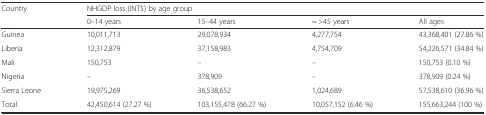
<table><thead><tr><td rowspan="2"><b>Country</b></td><td colspan="4"><b>NHGDP loss (INT$) by age group</b></td></tr><tr><td><b>0–14 years</b></td><td><b>15–44 years</b></td><td><b>= &gt;45 years</b></td><td><b>All ages</b></td></tr></thead><tbody><tr><td>Guinea</td><td>10,011,713</td><td>29,078,934</td><td>4,277,754</td><td>43,368,401 (27.86 %)</td></tr><tr><td>Liberia</td><td>12,312,879</td><td>37,158,983</td><td>4,754,709</td><td>54,226,571 (34.84 %)</td></tr><tr><td>Mali</td><td>150,753</td><td>–</td><td>–</td><td>150,753 (0.10 %)</td></tr><tr><td>Nigeria</td><td>–</td><td>378,909</td><td>–</td><td>378,909 (0.24 %)</td></tr><tr><td>Sierra Leone</td><td>19,975,269</td><td>36,538,652</td><td>1,024,689</td><td>57,538,610 (36.96 %)</td></tr><tr><td>Total</td><td>42,450,614 (27.27 %)</td><td>103,155,478 (66.27 %)</td><td>10,057,152 (6.46 %)</td><td>155,663,244 (100 %)</td></tr></tbody></table>